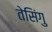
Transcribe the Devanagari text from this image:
तेसिंगु